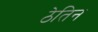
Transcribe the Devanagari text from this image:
ठेतिन